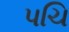
પચિ